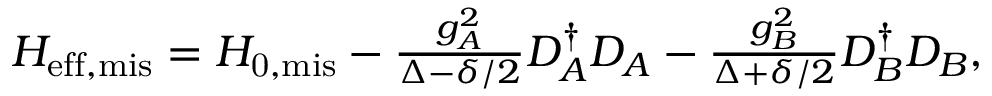
\begin{array} { r } { H _ { \mathrm { e f f , m i s } } = H _ { \mathrm { 0 , m i s } } - \frac { g _ { A } ^ { 2 } } { \Delta - \delta / 2 } D _ { A } ^ { \dagger } D _ { A } - \frac { g _ { B } ^ { 2 } } { \Delta + \delta / 2 } D _ { B } ^ { \dagger } D _ { B } , } \end{array}